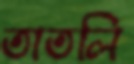
তাতলি